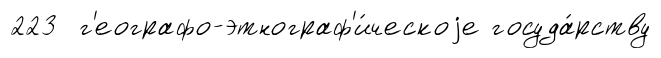
223 г'еографо-этнограф'и́ческоjе госуда́рству